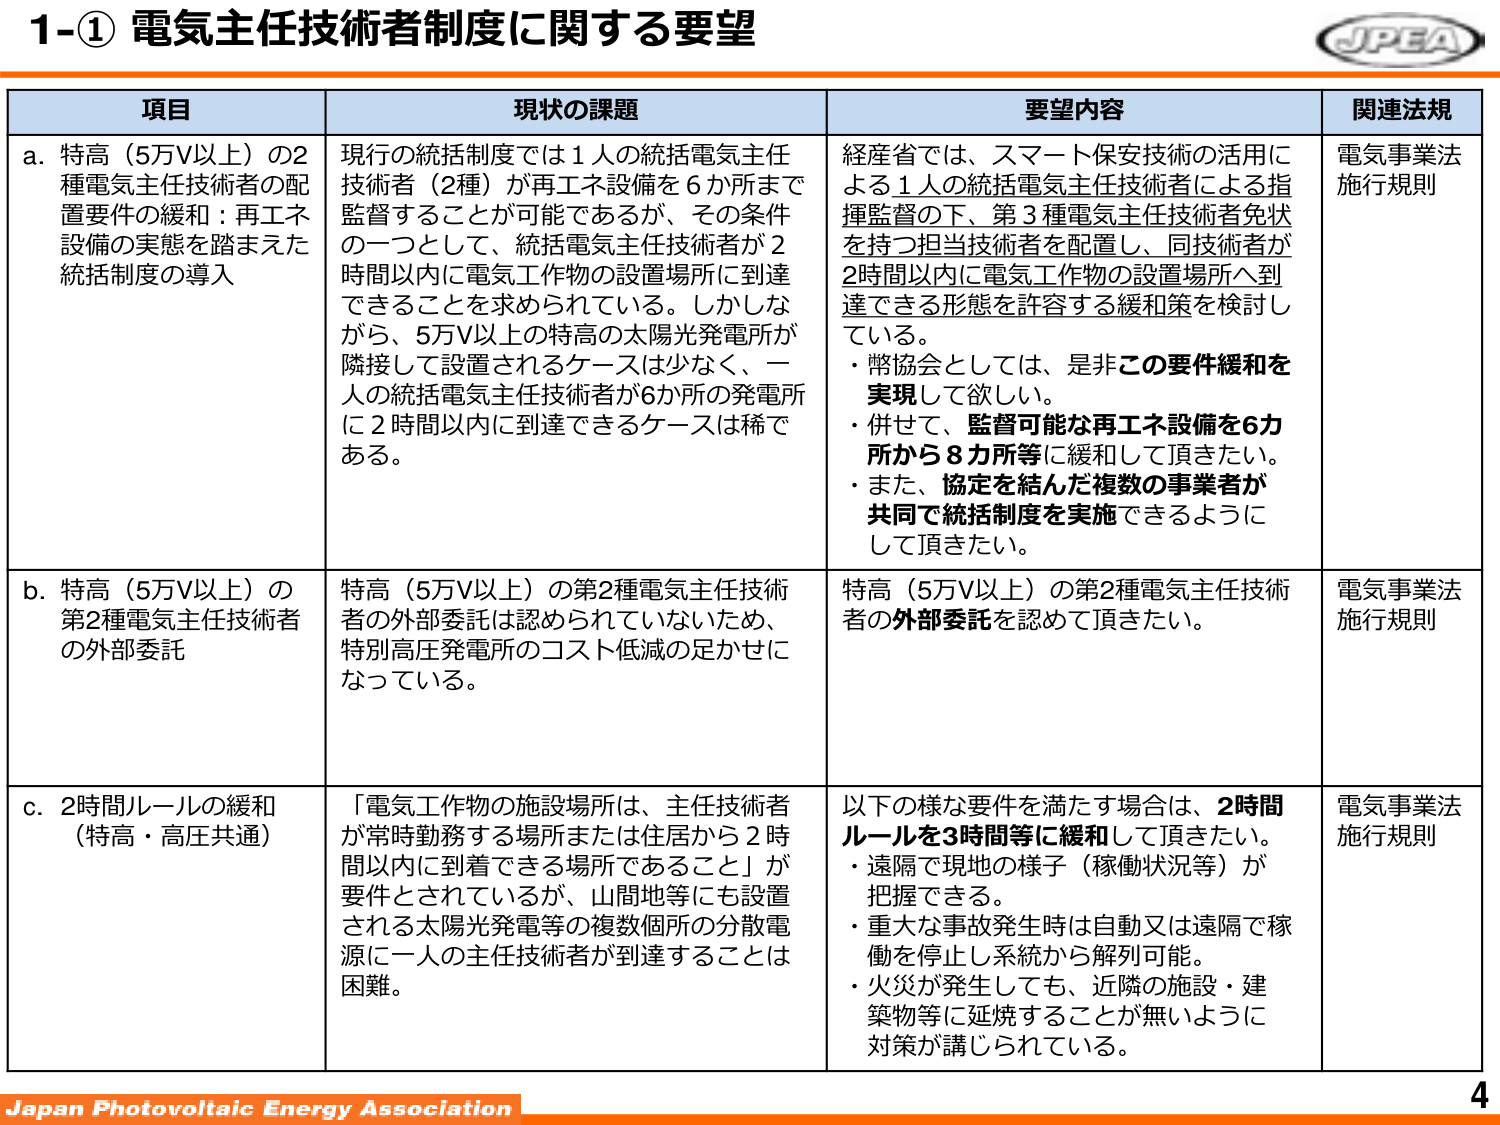
1-① 電気主任技術者制度に関する要望

項目 現状の課題 要望内容 関連法規

a. 特高（5万V以上）の2種電気主任技術者の配置要件の緩和：再エネ設備の実態を踏まえた統括制度の導入

現行の統括制度では1人の統括電気主任技術者（2種）が再エネ設備を6か所まで監督することが可能であるが、その条件の一つとして、統括電気主任技術者が2時間以内に電気工作物の設置場所に到達できることを求められている。しかしながら、5万V以上の特高の太陽光発電所が隣接して設置されるケースは少なく、一人の統括電気主任技術者が6か所の発電所に2時間以内に到達できるケースは稀である。

経産省では、スマート保安技術の活用による1人の統括電気主任技術者による指揮監督の下、第3種電気主任技術者免状を持つ担当技術者を配置し、同技術者が2時間以内に電気工作物の設置場所へ到達できる形態を許容する緩和策を検討している。
・幣協会としては、是非この要件緩和を実現して欲しい。
・併せて、監督可能な再エネ設備を6カ所から8カ所等に緩和して頂きたい。
・また、協定を結んだ複数の事業者が共同で統括制度を実施できるようにして頂きたい。

電気事業法施行規則

b. 特高（5万V以上）の第2種電気主任技術者の外部委託

特高（5万V以上）の第2種電気主任技術者の外部委託は認められていないため、特別高圧発電所のコスト低減の足かせになっている。

特高（5万V以上）の第2種電気主任技術者の外部委託を認めて頂きたい。

電気事業法施行規則

c. 2時間ルールの緩和（特高・高圧共通）

「電気工作物の施設場所は、主任技術者が常時勤務する場所または住居から2時間以内に到着できる場所であること」が要件とされているが、山間地等にも設置される太陽光発電等の複数個所の分散電源に一人の主任技術者が到達することは困難。

以下の様な要件を満たす場合は、2時間ルールを3時間等に緩和して頂きたい。
・遠隔で現地の様子（稼働状況等）が把握できる。
・重大な事故発生時は自動又は遠隔で稼働を停止し系統から解列可能。
・火災が発生しても、近隣の施設・建築物等に延焼することが無いように対策が講じられている。

電気事業法施行規則

Japan Photovoltaic Energy Association 4

JPEA